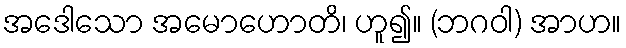
အဒေါသော အမောဟောတိ၊ ဟူ၍။ (ဘဂဝါ) အာဟ။